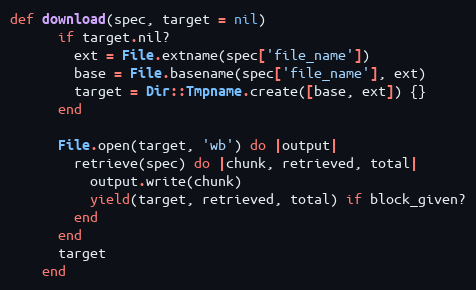
Language: Ruby
def download(spec, target = nil)
      if target.nil?
        ext = File.extname(spec['file_name'])
        base = File.basename(spec['file_name'], ext)
        target = Dir::Tmpname.create([base, ext]) {}
      end

      File.open(target, 'wb') do |output|
        retrieve(spec) do |chunk, retrieved, total|
          output.write(chunk)
          yield(target, retrieved, total) if block_given?
        end
      end
      target
    end